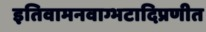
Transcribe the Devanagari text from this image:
इतिवामनवाग्भटादिप्रणीत